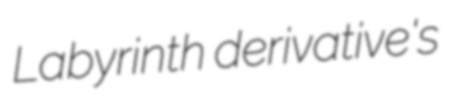
Labyrinth derivative's